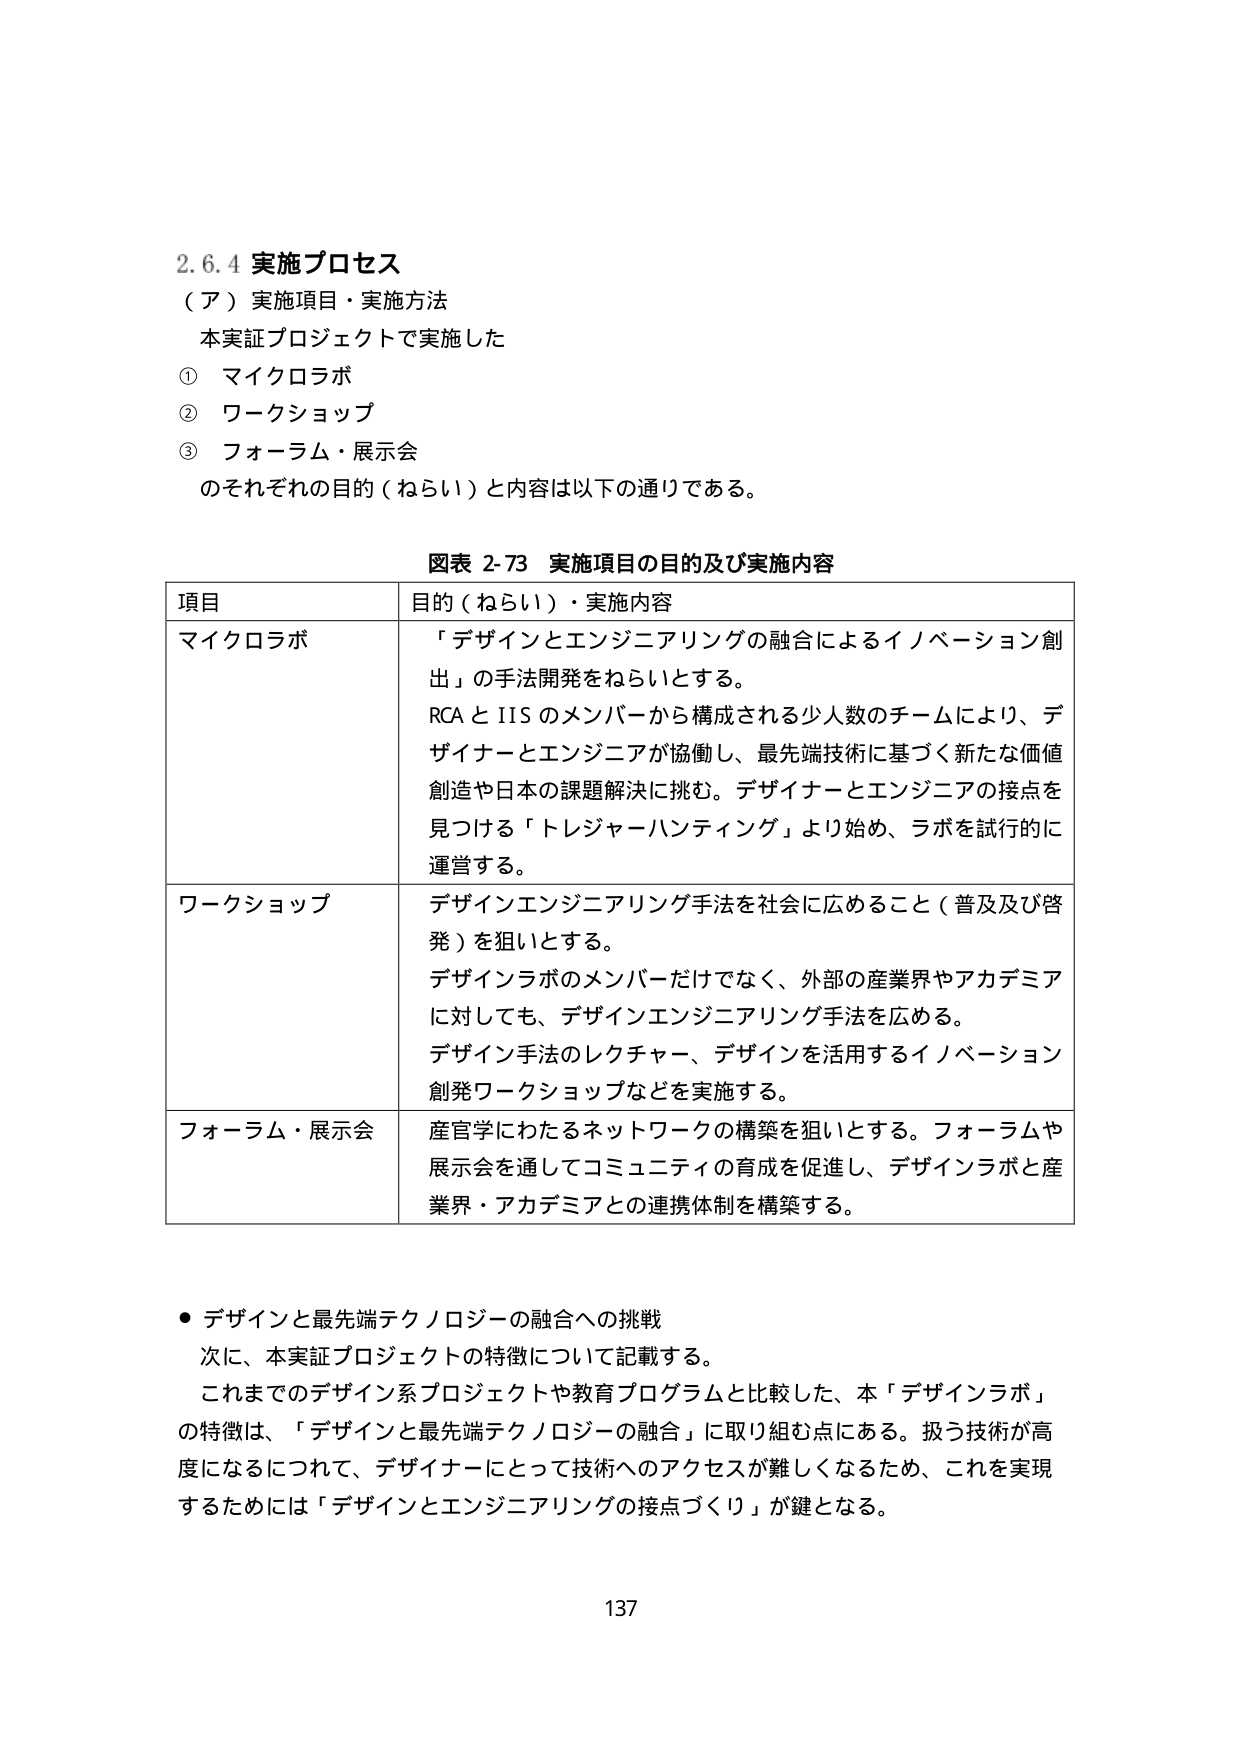
2.6.4 実施プロセス
（ア）実施項目・実施方法
本実証プロジェクトで実施した
① マイクロラボ
② ワークショップ
③ フォーラム・展示会
のそれぞれの目的（ねらい）と内容は以下の通りである。

図表 2-73 実施項目の目的及び実施内容
項目 目的（ねらい）・実施内容
マイクロラボ 「デザインとエンジニアリングの融合によるイノベーション創出」の手法開発をねらいとする。
RCA と IIS のメンバーから構成される少人数のチームにより、デザイナーとエンジニアが協働し、最先端技術に基づく新たな価値創造や日本の課題解決に挑む。デザイナーとエンジニアの接点を見つける「トレジャーハンティング」より始め、ラボを試行的に運営する。
ワークショップ デザインエンジニアリング手法を社会に広めること（普及及び啓発）を狙いとする。
デザインラボのメンバーだけでなく、外部の産業界やアカデミアに対しても、デザインエンジニアリング手法を広める。
デザイン手法のレクチャー、デザインを活用するイノベーション創発ワークショップなどを実施する。
フォーラム・展示会 産官学にわたるネットワークの構築を狙いとする。フォーラムや展示会を通してコミュニティの育成を促進し、デザインラボと産業界・アカデミアとの連携体制を構築する。

● デザインと最先端テクノロジーの融合への挑戦
次に、本実証プロジェクトの特徴について記載する。
これまでのデザイン系プロジェクトや教育プログラムと比較した、本「デザインラボ」の特徴は、「デザインと最先端テクノロジーの融合」に取り組む点にある。扱う技術が高度になるにつれて、デザイナーにとって技術へのアクセスが難しくなるため、これを実現するためには「デザインとエンジニアリングの接点づくり」が鍵となる。

137